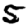
Digit: 5